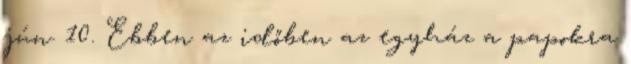
jún. 10. Ebben az időben az egyház a papokra